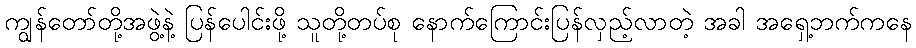
ကျွန်တော်တို့အဖွဲ့နဲ့ ပြန်ပေါင်းဖို့ သူတို့တပ်စု နောက်ကြောင်းပြန်လှည့်လာတဲ့ အခါ အရှေ့ဘက်ကနေ